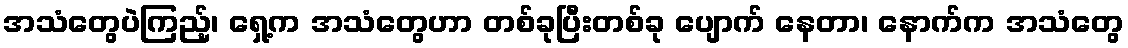
အသံတွေပဲကြည့်၊ ရှေ့က အသံတွေဟာ တစ်ခုပြီးတစ်ခု ပျောက် နေတာ၊ နောက်က အသံတွေ